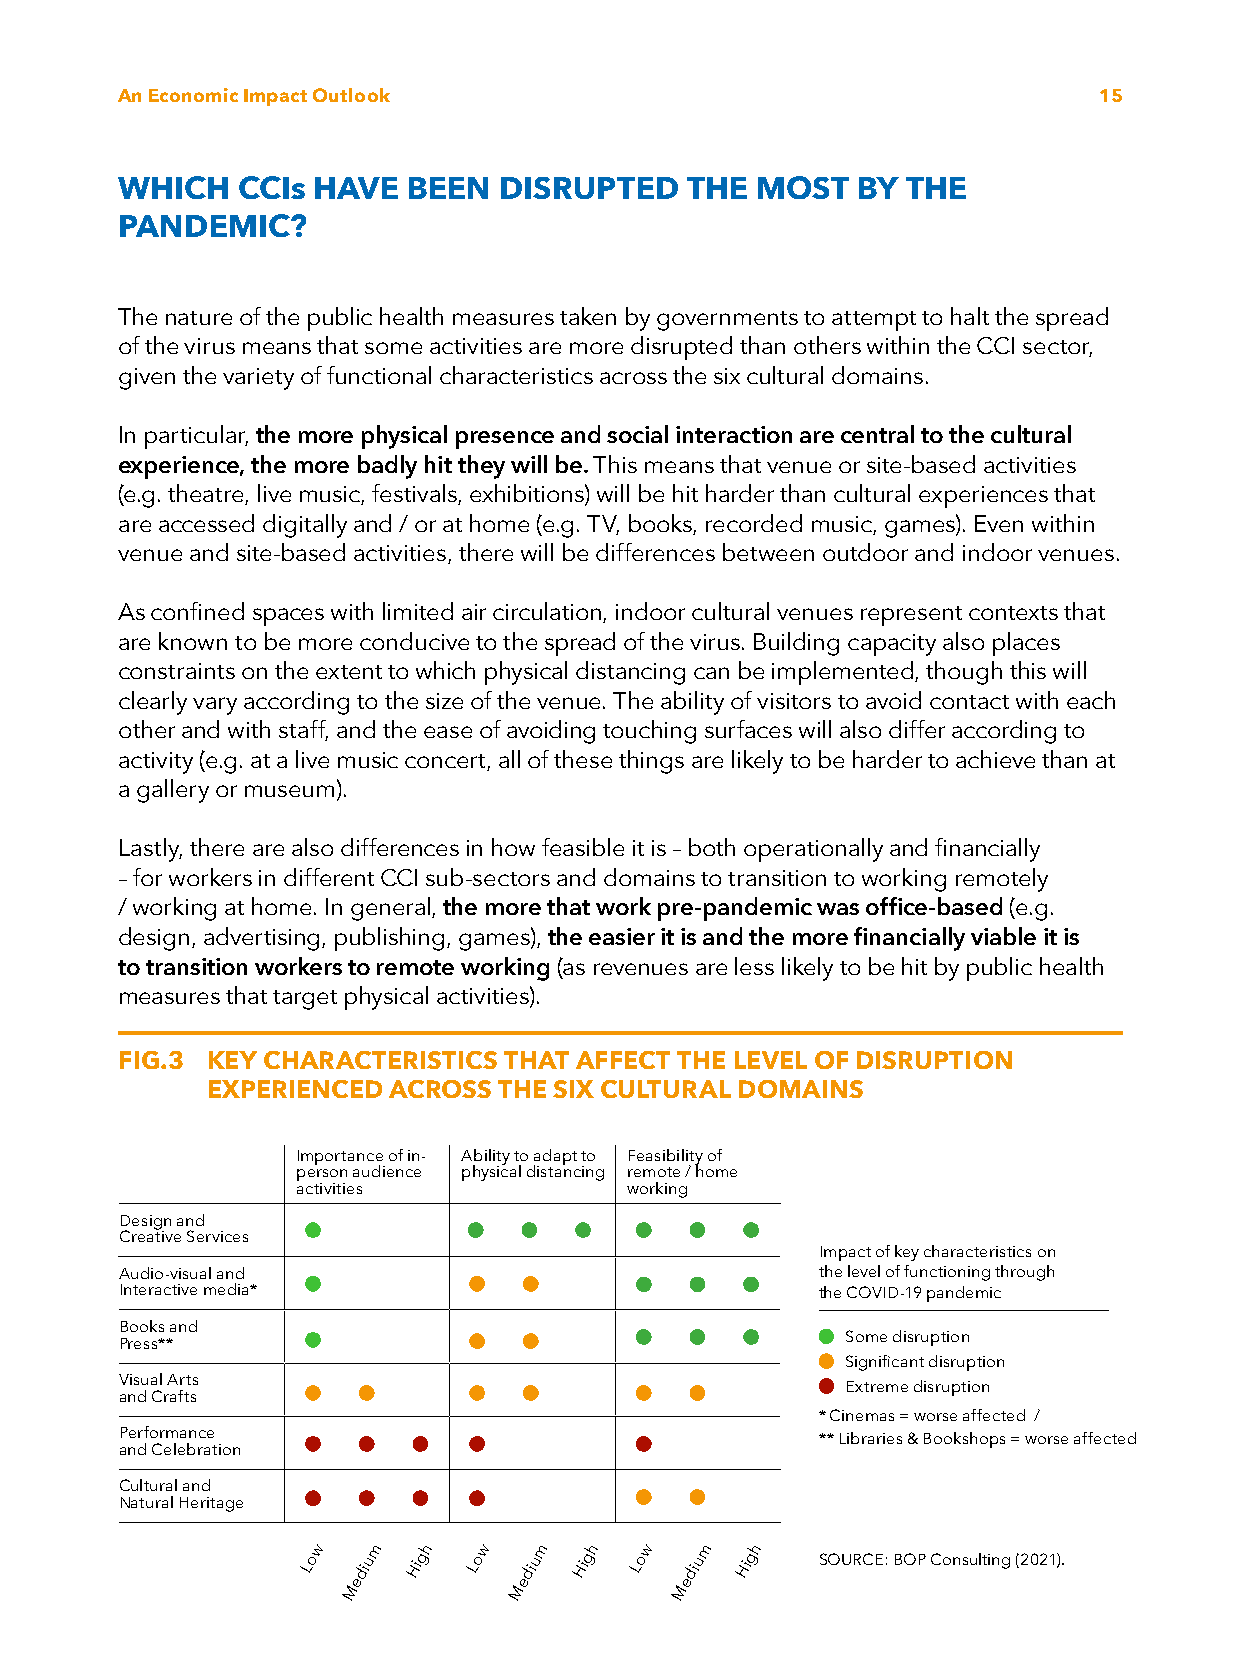
An Economic Impact Outlook                                       15
 WHICH   CCIs HAVE  BEEN  DISRUPTED   THE  MOST   BY THE
 PANDEMIC?
 The nature of the public health measures taken by governments to attempt to halt the spread
 of the virus means that some activities are more disrupted than others within the CCI sector,
 given the variety of functional characteristics across the six cultural domains.
 In particular, the more physical presence and social interaction are central to the cultural
 experience, the more badly hit they will be. This means that venue or site-based activities
 (e.g. theatre, live music, festivals, exhibitions) will be hit harder than cultural experiences that
 are accessed digitally and / or at home (e.g. TV, books, recorded music, games). Even within
 venue and site-based activities, there will be differences between outdoor and indoor venues.
 As confined spaces with limited air circulation, indoor cultural venues represent contexts that
 are known to be more conducive to the spread of the virus. Building capacity also places
 constraints on the extent to which physical distancing can be implemented, though this will
 clearly vary according to the size of the venue. The ability of visitors to avoid contact with each
 other and with staff, and the ease of avoiding touching surfaces will also differ according to
 activity (e.g. at a live music concert, all of these things are likely to be harder to achieve than at
 a gallery or museum).
 Lastly, there are also differences in how feasible it is – both operationally and financially
 – for workers in different CCI sub-sectors and domains to transition to working remotely
 / working at home. In general, the more that work pre-pandemic was office-based (e.g.
 design, advertising, publishing, games), the easier it is and the more financially viable it is
 to transition workers to remote working (as revenues are less likely to be hit by public health
 measures that target physical activities).
 FIG.3 K EY CHARACTERISTICS THAT AFFECT THE LEVEL OF DISRUPTION
 EXPERIENCED ACROSS THE SIX CULTURAL DOMAINS
 Importance of in- Ability to adapt to Feasibility of
 person audience physical distancing remote / home
 activities           working
 Design and
 Creative Services
 Impact of key characteristics on
 Audio-visual and                              the level of functioning through
 Interactive media*                            the COVID-19 pandemic
 Books and
 Press**
 Some disruption
 Significant disruption
 Visual Arts
 Extreme disruption
 and Crafts
 * Cinemas = worse affected /
 Performance                                   ** Libraries & Bookshops = worse affected
 and Celebration
 Cultural and
 Natural Heritage
 w   m  h   w   m  h   w   m  h
 Lo  diu Hig Lo diu Hig Lo diu Hig SOURCE: BOP Consulting (2021).
 e          e          e
 M          M          M